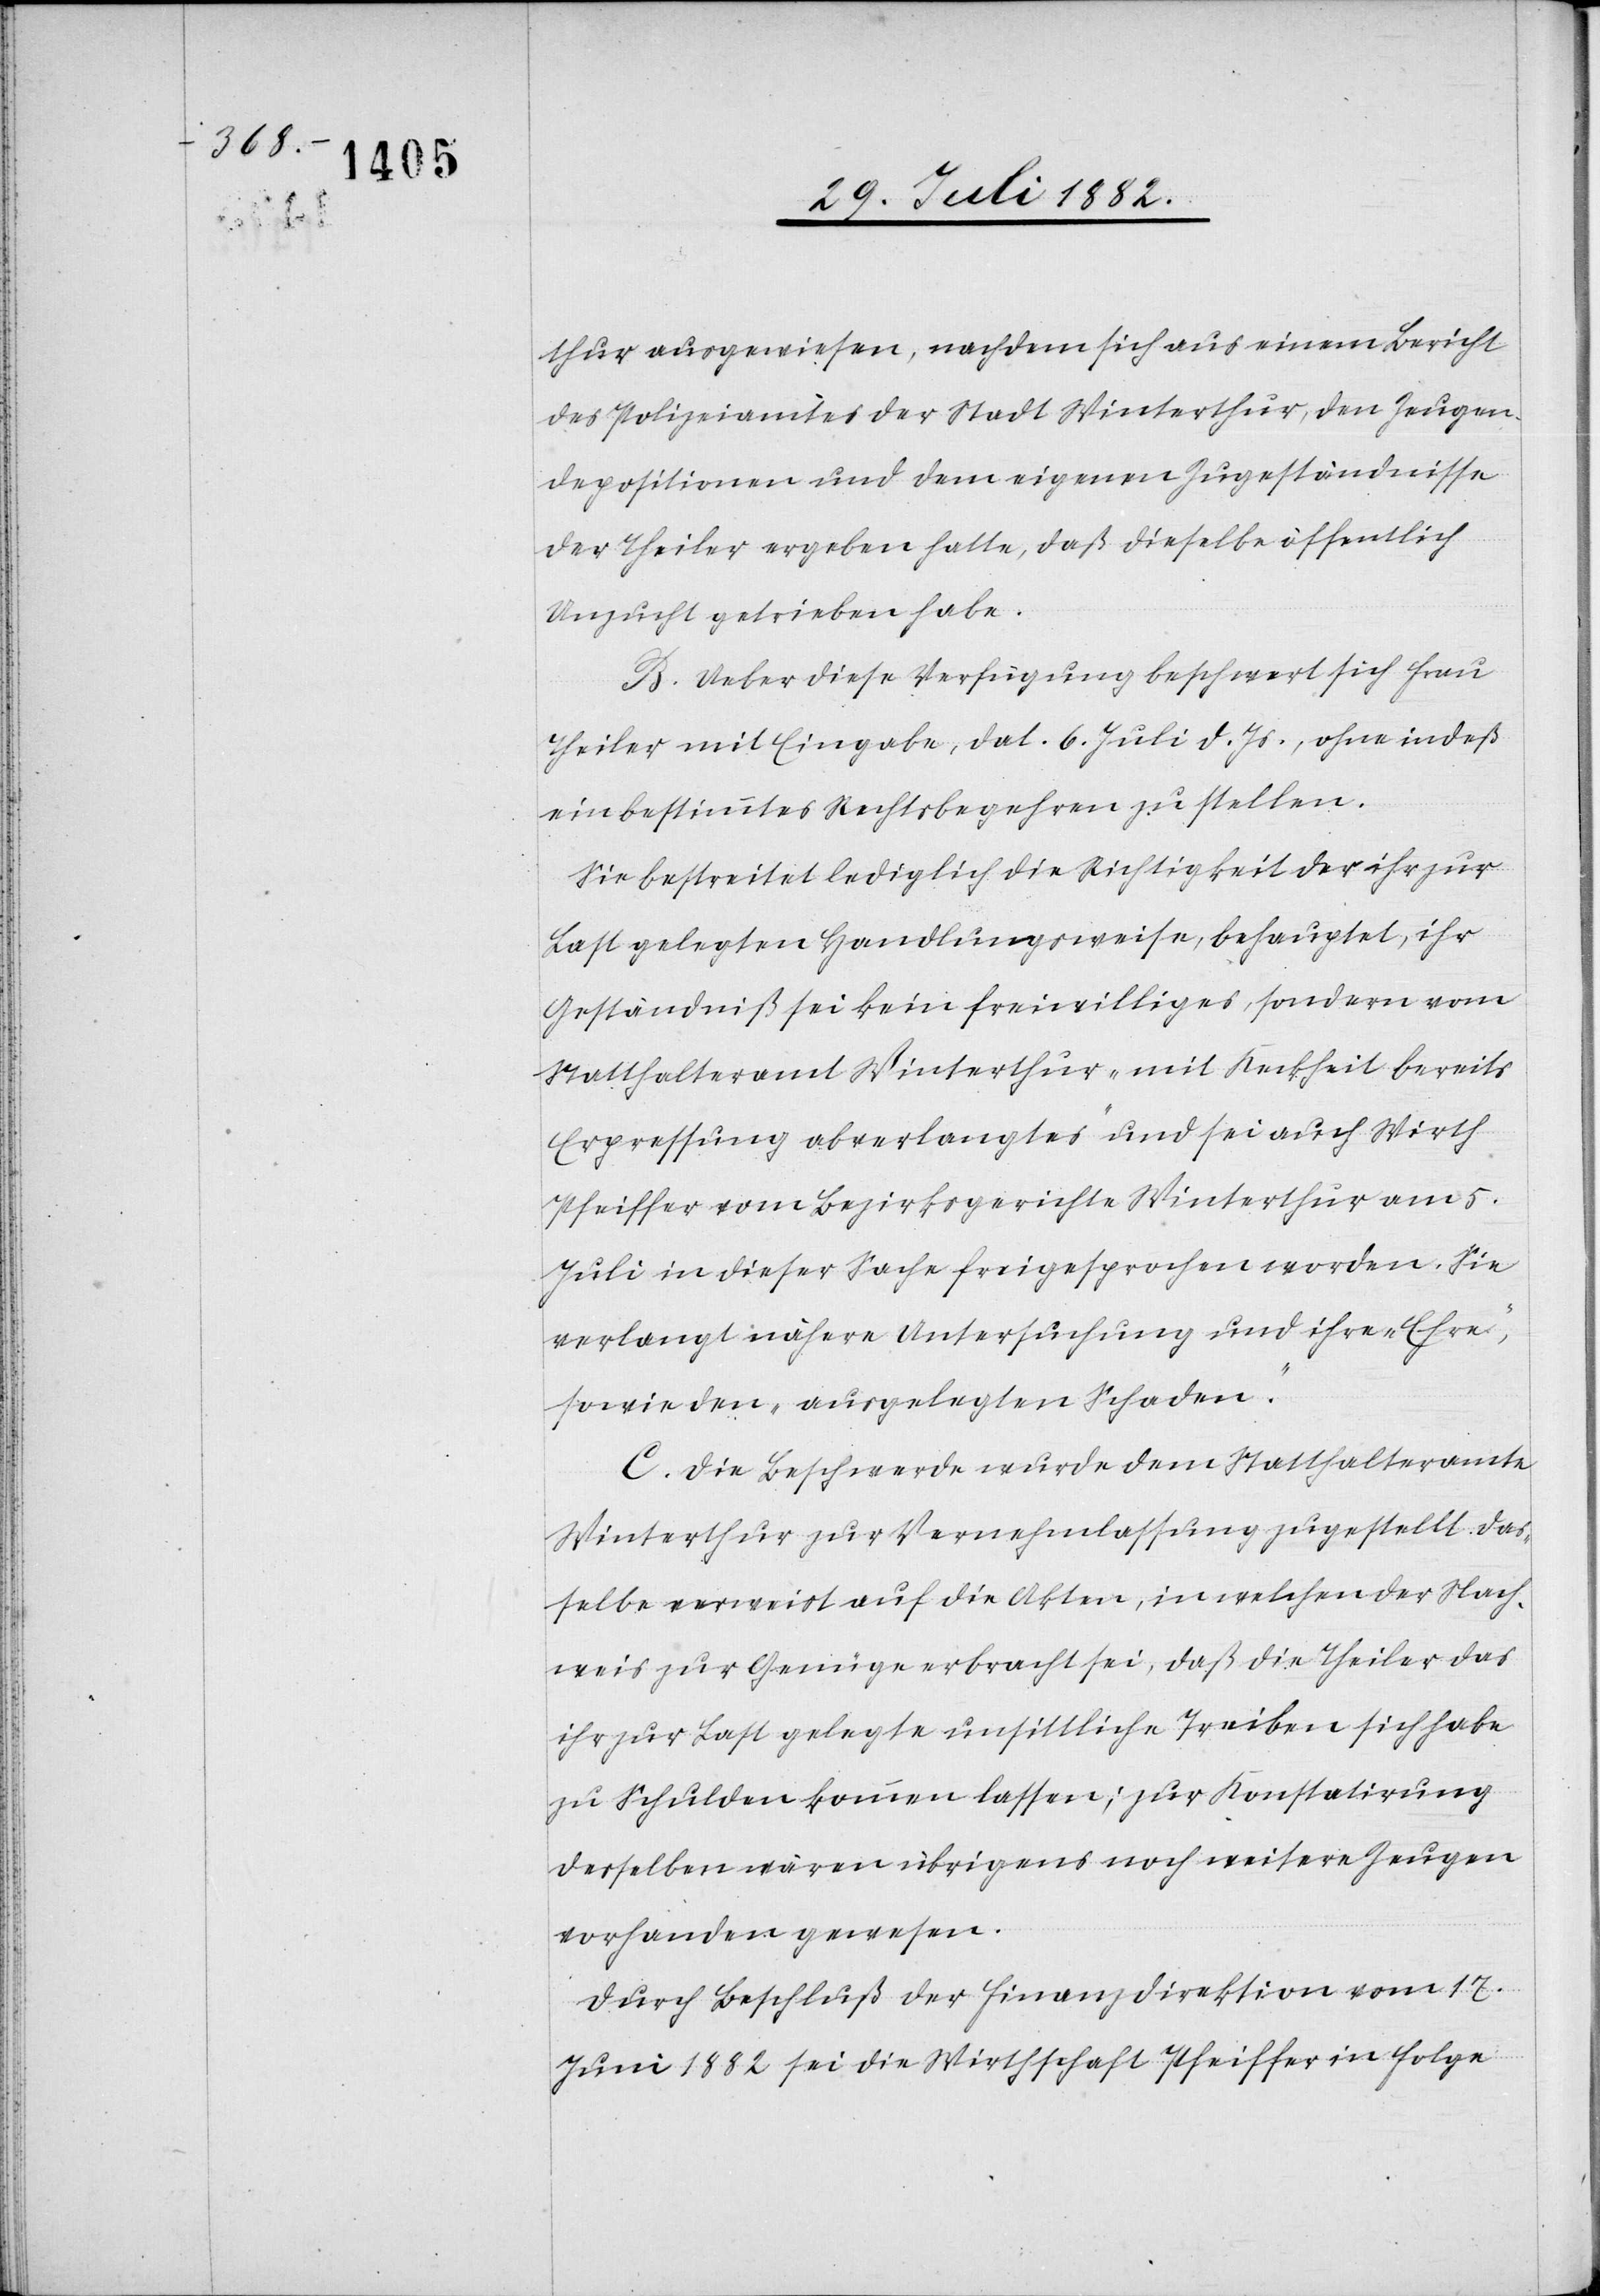
thur ausgewiesen, nachdem sich aus einem Bericht
des Polizeiamtes der Stadt Winterthur, den Zeugen¬
depositionen und dem eigenen Zugeständnisse
der Theiler ergeben hatte, daß dieselbe öffentlich
Unzucht getrieben habe.
B. Ueber diese Verfügung beschwert sich Frau
Theiler mit Eingabe, dat. 6. Juli d. Js., ohne indeß
ein bestimmtes Rechtsbegehren zu stellen.
Sie bestreitet lediglich die Richtigkeit der ihr zu
Last gelegten Handlungsweise, behauptet, ihr
Geständniß sei kein freiwilliges, sondern vom
Statthalteramt Winterthur „mit Keckheit bereits
Erpressung abverlangtes“ und sei auch Wirth
Pfeiffer vom Bezirksgerichte Winterthur am 5.
Juli in dieser Sache freigesprochen worden. Sie
verlangt nähere Untersuchung und ihre „Ehre“
sowie den „ausgelegten Schaden“.
C. Die Beschwere wurde dem Statthalteramte
Winterthur zur Vernehmlassung zugestellt. Das¬
selbe verweist auf die Akten, in welchen der Nach¬
weis zur Genüge erbracht sei, daß die Theiler das
ihr zur Last gelegte unsittliche Treiben sich haben
zu Schulden kommen lassen; zur Konstatirung
desselben wären übrigens noch weitere Zeugen
vorhanden gewesen.
Durch Beschluß der Finanzdirektion vom 17.
Juni 1882 sei die Wirthschaft Pfeiffer in Folge